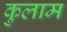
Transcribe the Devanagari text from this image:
कुलाम